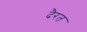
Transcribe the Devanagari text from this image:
दैरत